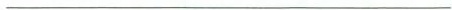
___